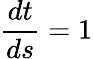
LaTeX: {\frac{dt}{ds}}=1